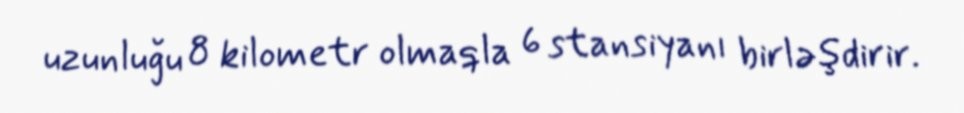
uzunluğu 8 kilometr olmaqla 6 stansiyanı birləşdirir.